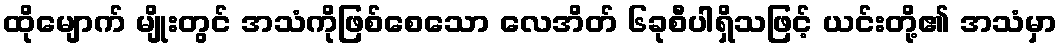
ထိုမျောက် မျိုးတွင် အသံကိုဖြစ်စေသော လေအိတ် ၆ခုစီပါရှိသဖြင့် ယင်းတို့၏ အသံမှာ